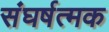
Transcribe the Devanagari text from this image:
संघर्षत्मक